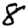
Digit: 8